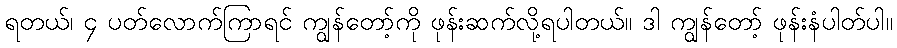
ရတယ်၊ ၄ ပတ်လောက်ကြာရင် ကျွန်တော့်ကို ဖုန်းဆက်လို့ရပါတယ်။ ဒါ ကျွန်တော့် ဖုန်းနံပါတ်ပါ။